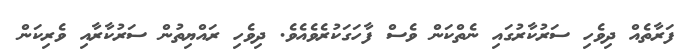
ފަރާތެއް ދިވެހި ސަރުކާރުގައި ނެތްކަން ވެސް ފާހަގަކުރެވެއެވެ. ދިވެހި ރައްޔިތުން ސަރުކާރާއި ވެރިކަން